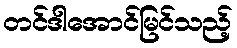
တင်ဒါအောင်မြင်သည့်